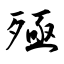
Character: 殛